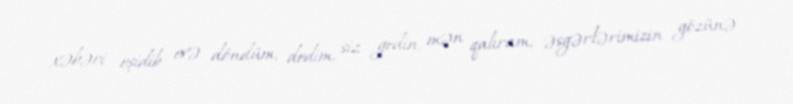
xəbəri eşidib evə döndüm; dedim, siz gedin, mən qalıram, əsgərlərimizin gözünə